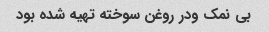
بی نمک ودر روغن سوخته تهیه شده بود